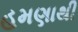
હમણાથી